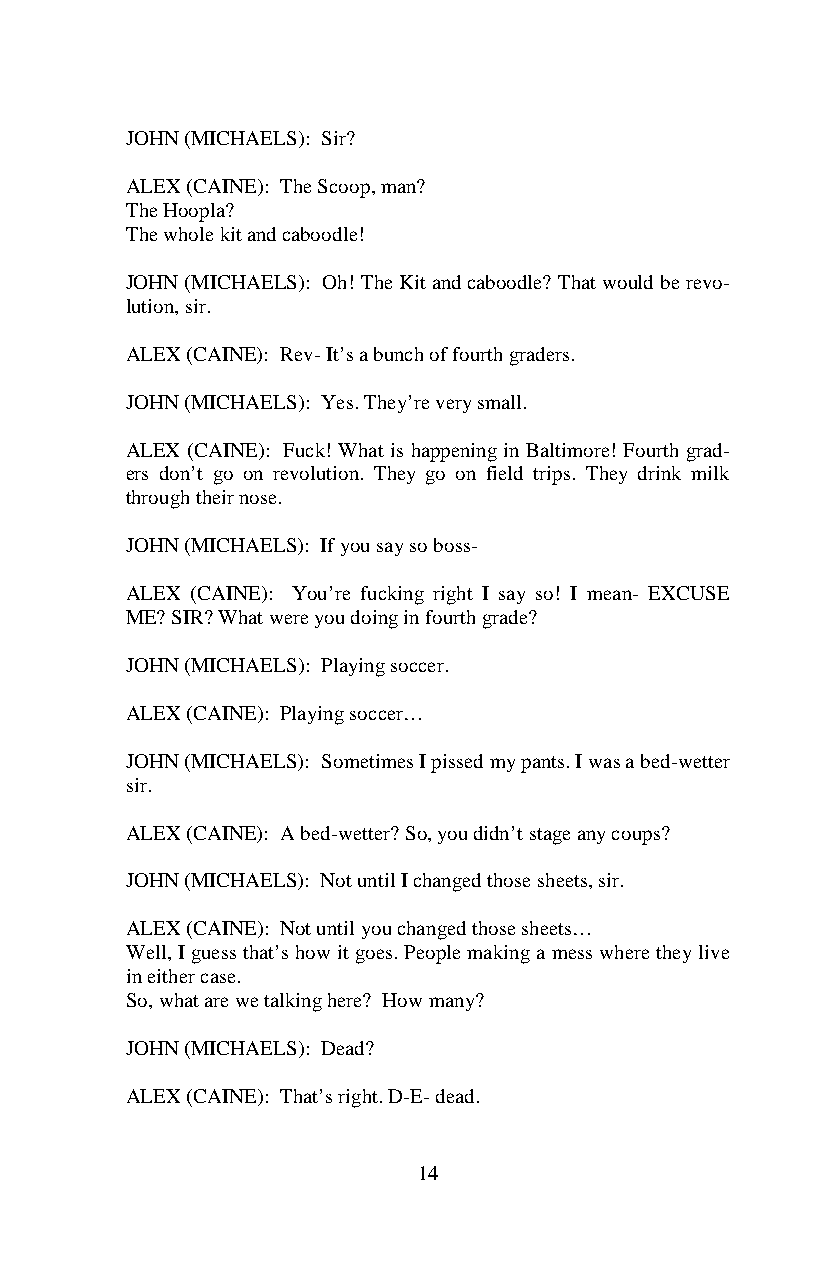
JOHN (MICHAELS): Sir?
 ALEX (CAINE): The Scoop, man?
 The Hoopla?
 The whole kit and caboodle!
 JOHN (MICHAELS): Oh! The Kit and caboodle? That would be revo-
 lution, sir.
 ALEX (CAINE): Rev- It’s a bunch of fourth graders.
 JOHN (MICHAELS): Yes. They’re very small.
 ALEX (CAINE): Fuck! What is happening in Baltimore! Fourth grad-
 ers don’t go on revolution. They go on field trips. They drink milk
 through their nose.
 JOHN (MICHAELS): If you say so boss-
 ALEX (CAINE): You’re fucking right I say so! I mean- EXCUSE
 ME? SIR? What were you doing in fourth grade?
 JOHN (MICHAELS): Playing soccer.
 ALEX (CAINE): Playing soccer…
 JOHN (MICHAELS): Sometimes I pissed my pants. I was a bed-wetter
 sir.
 ALEX (CAINE): A bed-wetter? So, you didn’t stage any coups?
 JOHN (MICHAELS): Not until I changed those sheets, sir.
 ALEX (CAINE): Not until you changed those sheets…
 Well, I guess that’s how it goes. People making a mess where they live
 in either case.
 So, what are we talking here? How many?
 JOHN (MICHAELS): Dead?
 ALEX (CAINE): That’s right. D-E- dead.
 14